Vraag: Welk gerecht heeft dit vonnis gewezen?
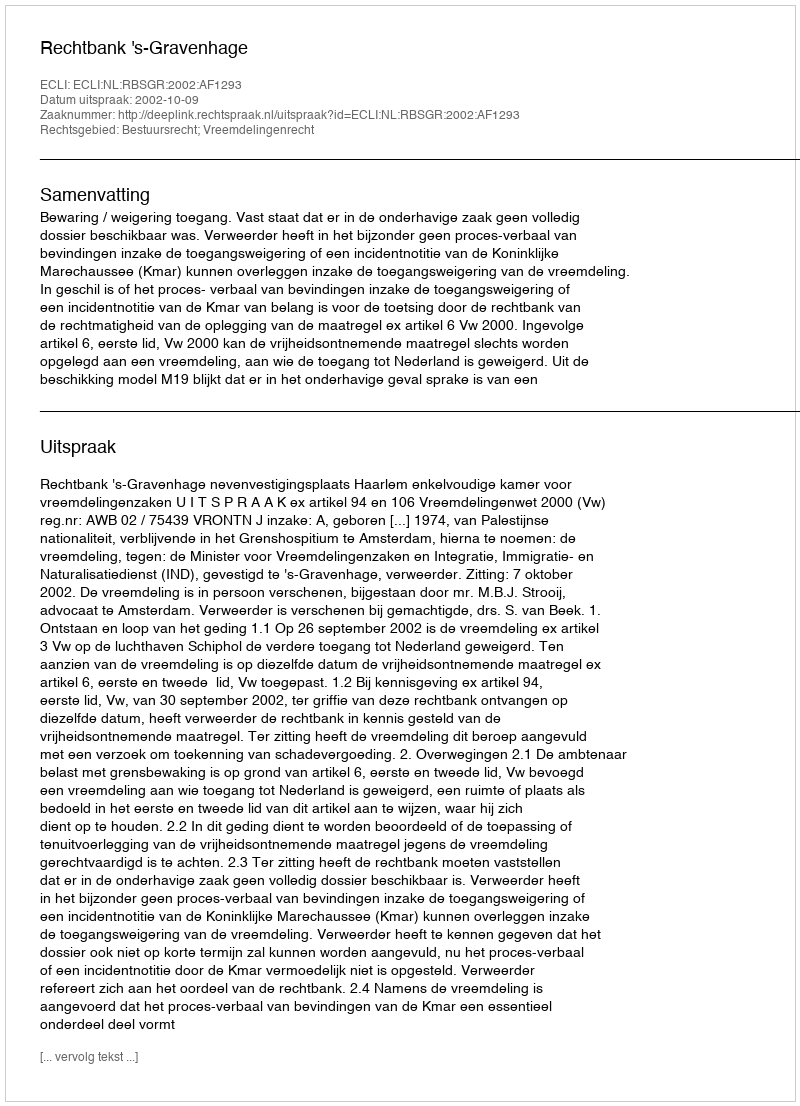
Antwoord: Rechtbank 's-Gravenhage